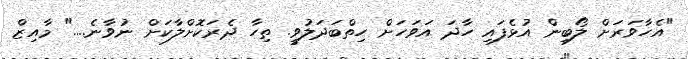
"އެހާވަރަށް ލޯބިން އުޅެފައި ހާދަ އަވަހަށް ހިތްބަދަލުވީ. ތިހާ ދެރަކޮށްލާކަށް ނުވާނެ...." މާއިޒް